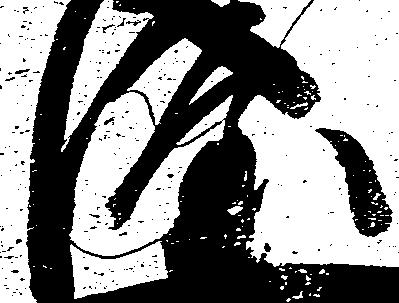
隆